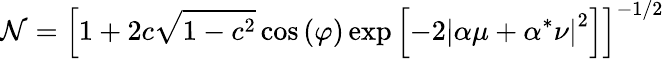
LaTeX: \mathcal{N}=\left[1+2c\sqrt{1-c^{2}}\cos\left(\varphi\right)\exp\left[-2\left|\alpha\mu+\alpha^{*}\nu\right|^{2}\right]\right]^{-1/2}